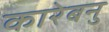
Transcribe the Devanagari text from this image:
कारेबनु